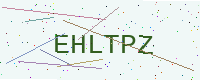
Text: EHLTPZ